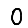
Digit: 0